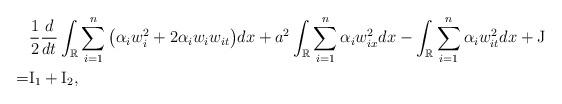
LaTeX: \begin{align*}&\frac{1}{2}\frac{d}{dt} \int_\mathbb{R}\sum_{i=1}^n\big(\alpha_i w_i^2 + 2\alpha_i w_i w_{it}\big) dx+ a^2 \int_\mathbb{R} \sum_{i=1}^n \alpha_i w_{ix}^2dx- \int_\mathbb{R} \sum_{i=1}^n \alpha_i w_{it}^2 dx+ \rm{J}\\=&\rm{I}_1 + \rm{I}_2,\end{align*}